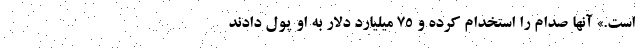
است.» آنها صدام را استخدام كرده و 75 ميليارد دلار به او پول دادند